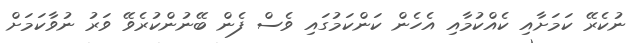
ނުކެރޭ ކަމަށާއި ކެއްކުމާއި އެހެން ކަންކަމުގައި ވެސް ފެން ބޭނުންކުރެވޭ ވަރު ނުވާކަމަށް